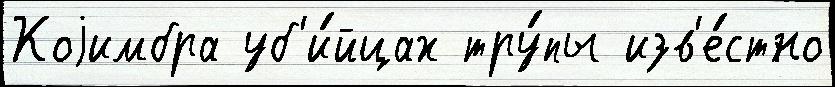
Коjимбра уб'и́йцах тру́пы изв'е́стно